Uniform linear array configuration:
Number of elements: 16
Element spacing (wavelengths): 0.25
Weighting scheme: blackman
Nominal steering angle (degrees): -15
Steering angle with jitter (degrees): -15.217
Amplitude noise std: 0.05
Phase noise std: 0.05

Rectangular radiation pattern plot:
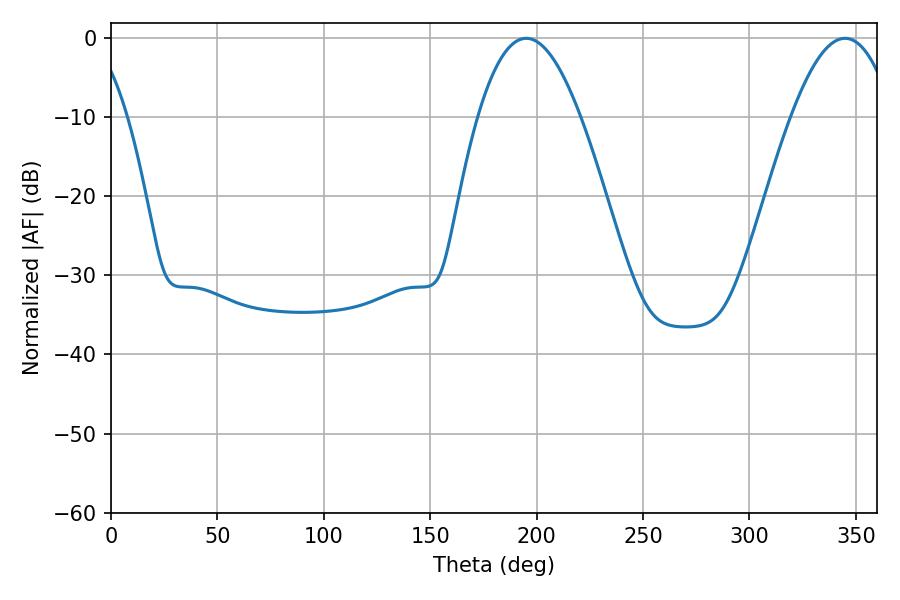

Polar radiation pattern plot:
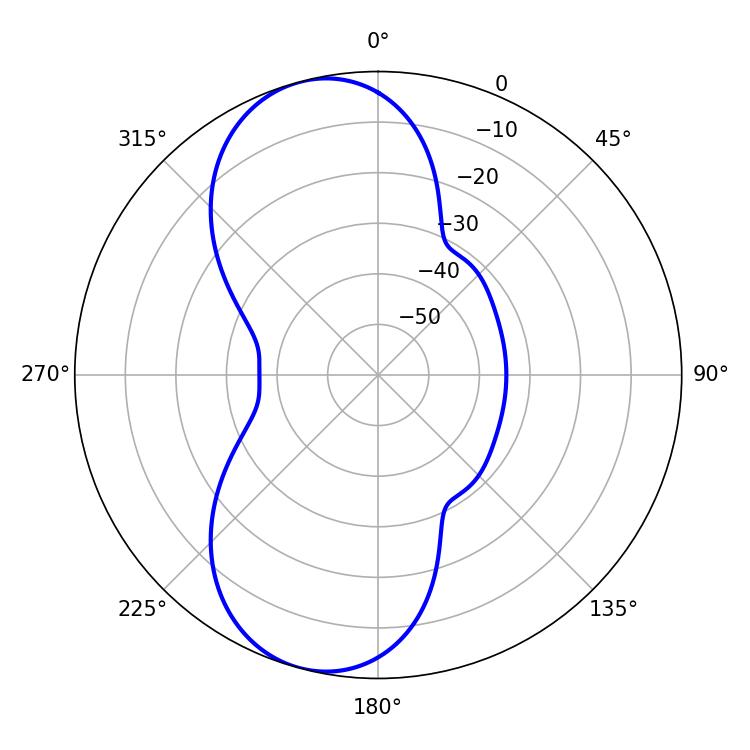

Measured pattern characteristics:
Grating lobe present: FALSE
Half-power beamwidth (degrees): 26.28
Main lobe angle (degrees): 195.12